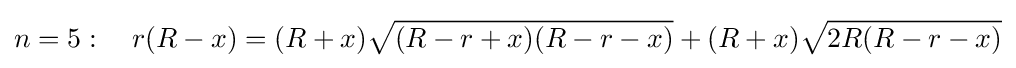
n=5:\quad r(R-x)=(R+x){\sqrt {(R-r+x)(R-r-x)}}+(R+x){\sqrt {2R(R-r-x)}}